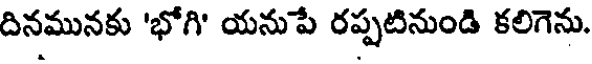
దినమునకు 'భోగి' యనుపే రప్పటినుండి కలిగెను.